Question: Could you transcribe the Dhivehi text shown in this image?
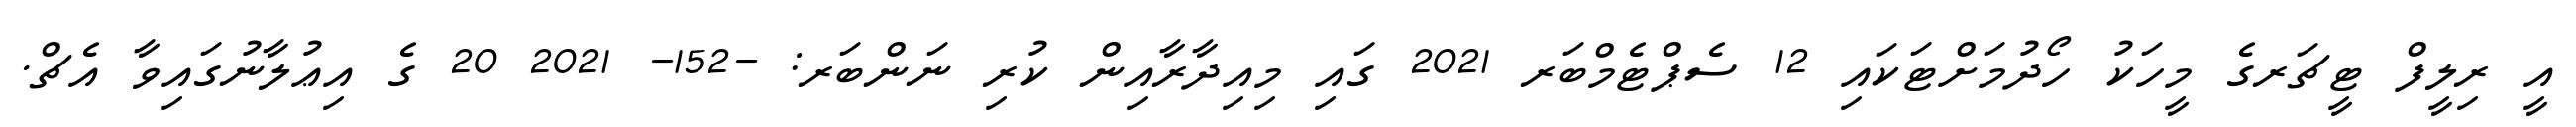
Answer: އީ ރިލީފް ޓީޗަރގެ މީހަކު ހޯދުމަށްޓަކައި 12 ސެޕްޓެމްބަރ 2021 ގައި މިއިދާރާއިން ކުރި ނަންބަރ: -152- 2021 20 ގެ އިޢުލާނުގައިވާ އެޗް.